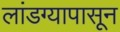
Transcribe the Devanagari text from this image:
लांडग्यापासून